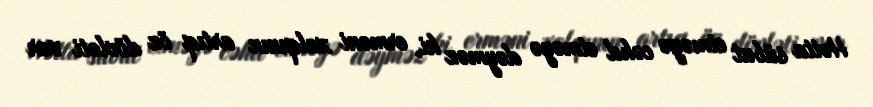
Hətta sübut etməyə cəhd etməyə dəyməz ki, erməni xalqının artıq öz dövləti var